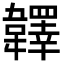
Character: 𩏪